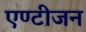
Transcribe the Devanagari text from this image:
एण्टीजन